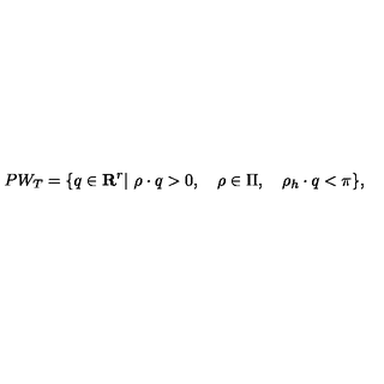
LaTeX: P W _ { T } = \{ q \in { \bf R } ^ { r } | \ \rho \cdot q > 0 , \quad \rho \in \Pi , \quad \rho _ { h } \cdot q < \pi \} ,